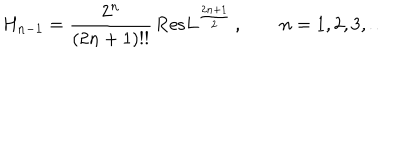
LaTeX: H _ { n - 1 } = \frac { 2 ^ { n } } { ( 2 n + 1 ) ! ! } \, \mathrm { R e s } L ^ { \frac { 2 n + 1 } { 2 } } \, , \qquad n = 1 , 2 , 3 , \dots